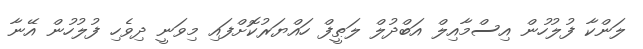
ލަންކާ ފުލުހުން އިސްމާއިލް އަބްދުލް ލަޠީފް ހައްޔަރުކޮށްފައި މިވަނީ ދިވެހި ފުލުހުން އޭނާ